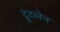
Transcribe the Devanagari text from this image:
ट्रुटलेन